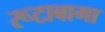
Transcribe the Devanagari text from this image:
रूटाबागा